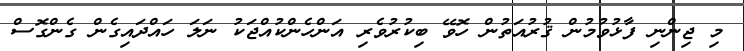
މި ޖިންނި ފާޅުވުމުން ޤުރުއަތުން ހޮވޭ ބިކުރުވެރި އަންހެންކުއްޖަކު ނަލަ ހައްދައިގެން ގެންގޮސް